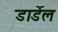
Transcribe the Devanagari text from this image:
डार्डेल